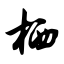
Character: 栖